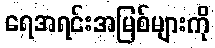
ရေအရင်းအမြစ်များကို